Indian journal of veterinary science and animal husbandry - Volume 3,
Year: 1933
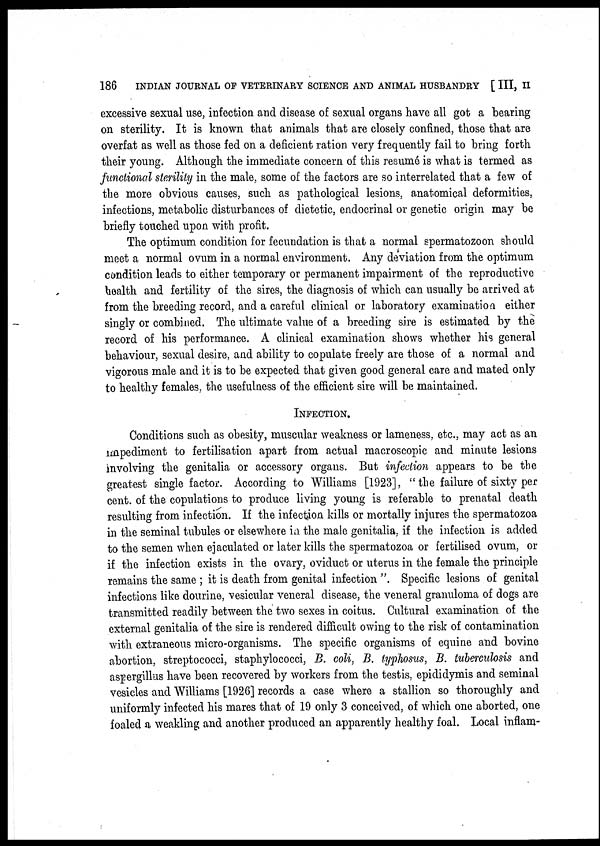
186
INDIAN JOURNAL OF VETERINARY SCIENCE AND ANIMAL HUSBANDRY [ III, II
excessive sexual use, infection and disease of sexual organs have all got a bearing
on sterility. It is known that animals that are closely confined, those that are
overfat as well as those fed on a deficient ration very frequently fail to bring forth
their young. Although the immediate concern of this resumé is what is termed as
functional sterility in the male, some of the factors are so interrelated that a few of
the more obvious causes, such as pathological lesions, anatomical deformities,
infections, metabolic disturbances of dietetic, endocrinal or genetic origin may be
briefly touched upon with profit.
The optimum condition for fecundation is that a normal spermatozoon should
meet a normal ovum in a normal environment. Any deviation from the optimum
condition leads to either temporary or permanent impairment of the reproductive
health and fertility of the sires, the diagnosis of which can usually be arrived at
from the breeding record, and a careful clinical or laboratory examination either
singly or combined. The ultimate value of a breeding sire is estimated by the
record of his performance. A clinical examination shows whether his general
behaviour, sexual desire, and ability to copulate freely are those of a normal and
vigorous male and it is to be expected that given good general care and mated only
to healthy females, the usefulness of the efficient sire will be maintained.
INFECTION.
Conditions such as obesity, muscular weakness or lameness, etc., may act as an
impediment to fertilisation apart from actual macroscopic and minute lesions
involving the genitalia or accessory organs. But infection appears to be the
greatest single factor. According to Williams [1923], "the failure of sixty per
cent. of the copulations to produce living young is referable to prenatal death
resulting from infection. If the infection kills or mortally injures the spermatozoa
in the seminal tubules or elsewhere in the male genitalia, if the infection is added
to the semen when ejaculated or later kills the spermatozoa or fertilised ovum, or
if the infection exists in the ovary, oviduct or uterus in the female the principle
remains the same ; it is death from genital infection ". Specific lesions of genital
infections like dourine, vesicular veneral disease, the veneral granuloma of dogs are
transmitted readily between the two sexes in coitus. Cultural examination of the
external genitalia of the sire is rendered difficult owing to the risk of contamination
with extraneous micro-organisms. The specific organisms of equine and bovine
abortion, streptococci, staphylococci, B. coli, B. typhosus, B. tuberculosis and
aspergillus have been recovered by workers from the testis, epididymis and seminal
vesicles and Williams [1926] records a case where a stallion so thoroughly and
uniformly infected his mares that of 19 only 3 conceived, of which one aborted, one
foaled a weakling and another produced an apparently healthy foal. Local inflam¬